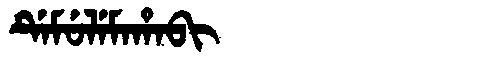
Manchu: ᡩᡝᠮᡠᠯᡝᠮᠠᡥᠠᠪᡳ
Romanization: DEMULEMAHABI